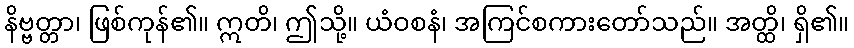
နိဗ္ဗတ္တာ၊ ဖြစ်ကုန်၏။ ဣတိ၊ ဤသို့။ ယံဝစနံ၊ အကြင်စကားတော်သည်။ အတ္ထိ၊ ရှိ၏။